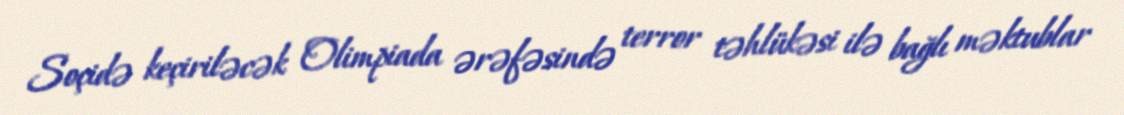
Soçidə keçiriləcək Olimpiada ərəfəsində terror təhlükəsi ilə bağlı məktublar